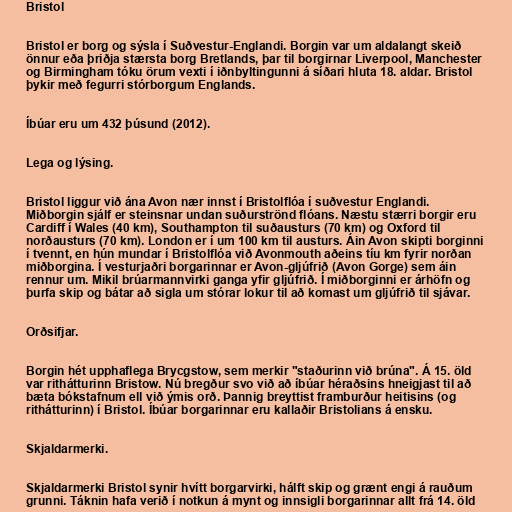
Bristol

Bristol er borg og sýsla í Suðvestur-Englandi. Borgin var um aldalangt skeið
önnur eða þriðja stærsta borg Bretlands, þar til borgirnar Liverpool, Manchester
og Birmingham tóku örum vexti í iðnbyltingunni á síðari hluta 18. aldar. Bristol
þykir með fegurri stórborgum Englands.

Íbúar eru um 432 þúsund (2012).

Lega og lýsing.

Bristol liggur við ána Avon nær innst í Bristolflóa í suðvestur Englandi.
Miðborgin sjálf er steinsnar undan suðurströnd flóans. Næstu stærri borgir eru
Cardiff í Wales (40 km), Southampton til suðausturs (70 km) og Oxford til
norðausturs (70 km). London er í um 100 km til austurs. Áin Avon skipti borginni
í tvennt, en hún mundar í Bristolflóa við Avonmouth aðeins tíu km fyrir norðan
miðborgina. Í vesturjaðri borgarinnar er Avon-gljúfrið (Avon Gorge) sem áin
rennur um. Mikil brúarmannvirki ganga yfir gljúfrið. Í miðborginni er árhöfn og
þurfa skip og bátar að sigla um stórar lokur til að komast um gljúfrið til sjávar.

Orðsifjar.

Borgin hét upphaflega Brycgstow, sem merkir "staðurinn við brúna". Á 15. öld
var rithátturinn Bristow. Nú bregður svo við að íbúar héraðsins hneigjast til að
bæta bókstafnum ell við ýmis orð. Þannig breyttist framburður heitisins (og
rithátturinn) í Bristol. Íbúar borgarinnar eru kallaðir Bristolians á ensku.

Skjaldarmerki.

Skjaldarmerki Bristol synir hvítt borgarvirki, hálft skip og grænt engi á rauðum
grunni. Táknin hafa verið í notkun á mynt og innsigli borgarinnar allt frá 14. öld